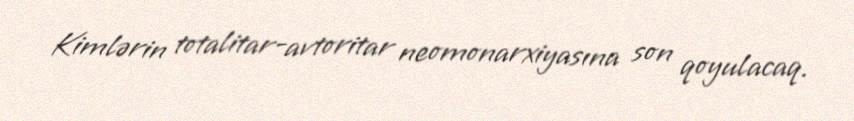
Kimlərin totalitar-avtoritar neomonarxiyasına son qoyulacaq.